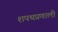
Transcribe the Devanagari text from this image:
शपथप्रणाली